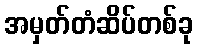
အမှတ်တံဆိပ်တစ်ခု